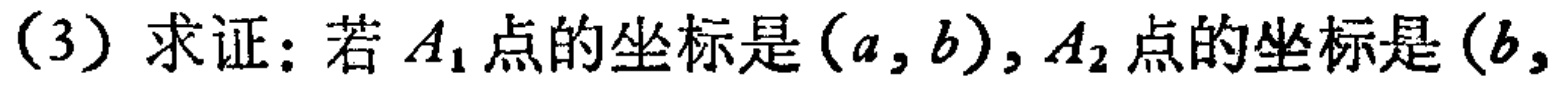
(3) 求证：若 \(A_1\) 点的坐标是 \((a,b)\)，\(A_2\) 点的坐标是 \((b,\)